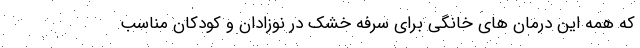
که همه این درمان های خانگی برای سرفه خشک در نوزادان و کودکان مناسب